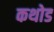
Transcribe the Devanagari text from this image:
कथोड